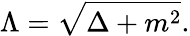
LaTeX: \Lambda=\sqrt{\Delta+m^{2}}.